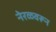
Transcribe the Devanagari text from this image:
नेरळवरून